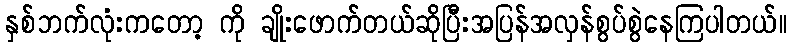
နှစ်ဘက်လုံးကတော့ ကို ချိုးဖောက်တယ်ဆိုပြီးအပြန်အလှန်စွပ်စွဲနေကြပါတယ်။